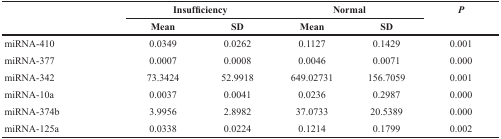
<table><thead><tr><td rowspan="2"></td><td colspan="2"><b>Insufficiency</b></td><td colspan="2"><b>Normal</b></td><td rowspan="2"><b><i>P</i></b></td></tr><tr><td><b>Mean</b></td><td><b>SD</b></td><td><b>Mean</b></td><td><b>SD</b></td></tr></thead><tbody><tr><td>miRNA-410</td><td>0.0349</td><td>0.0262</td><td>0.1127</td><td>0.1429</td><td>0.001</td></tr><tr><td>miRNA-377</td><td>0.0007</td><td>0.0008</td><td>0.0046</td><td>0.0071</td><td>0.000</td></tr><tr><td>miRNA-342</td><td>73.3424</td><td>52.9918</td><td>649.02731</td><td>156.7059</td><td>0.001</td></tr><tr><td>miRNA-10a</td><td>0.0037</td><td>0.0041</td><td>0.0236</td><td>0.2987</td><td>0.000</td></tr><tr><td>miRNA-374b</td><td>3.9956</td><td>2.8982</td><td>37.0733</td><td>20.5389</td><td>0.000</td></tr><tr><td>miRNA-125a</td><td>0.0338</td><td>0.0224</td><td>0.1214</td><td>0.1799</td><td>0.002</td></tr></tbody></table>